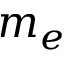
m _ { e }